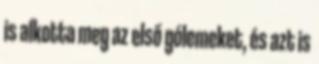
is alkotta meg az első gólemeket, és azt is